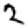
Digit: 2